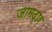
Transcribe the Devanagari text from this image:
जामदार